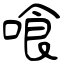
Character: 喰